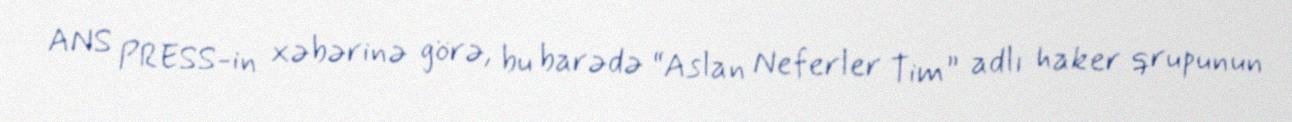
ANS PRESS-in xəbərinə görə, bu barədə “Aslan Neferler Tim” adlı haker qrupunun